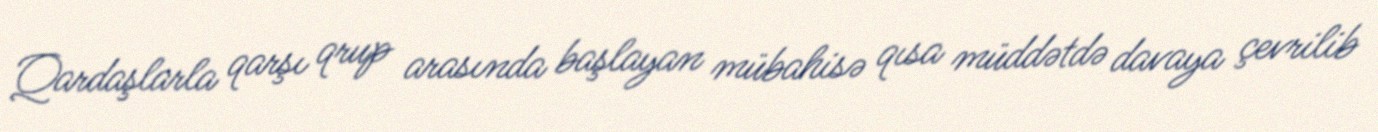
Qardaşlarla qarşı qrup arasında başlayan mübahisə qısa müddətdə davaya çevrilib